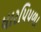
ધારપિપળા